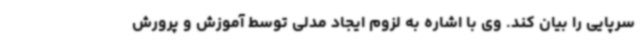
سرپایی را بیان کند. وی با اشاره به لزوم ایجاد مدلی توسط آموزش و پرورش